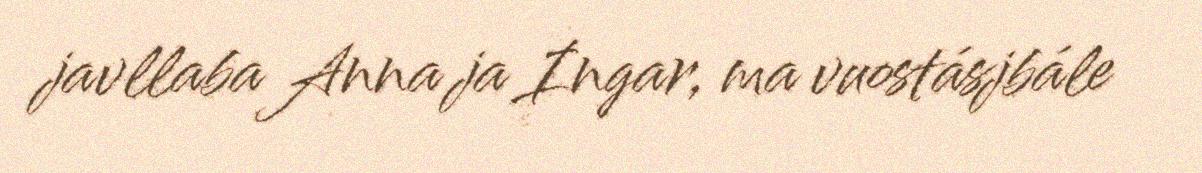
javllaba Anna ja Ingar, ma vuostásjbále